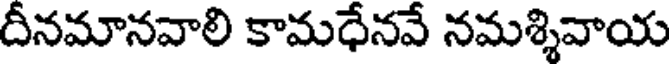
దీనమానవాలి కామధేనవే నమశ్శివాయ